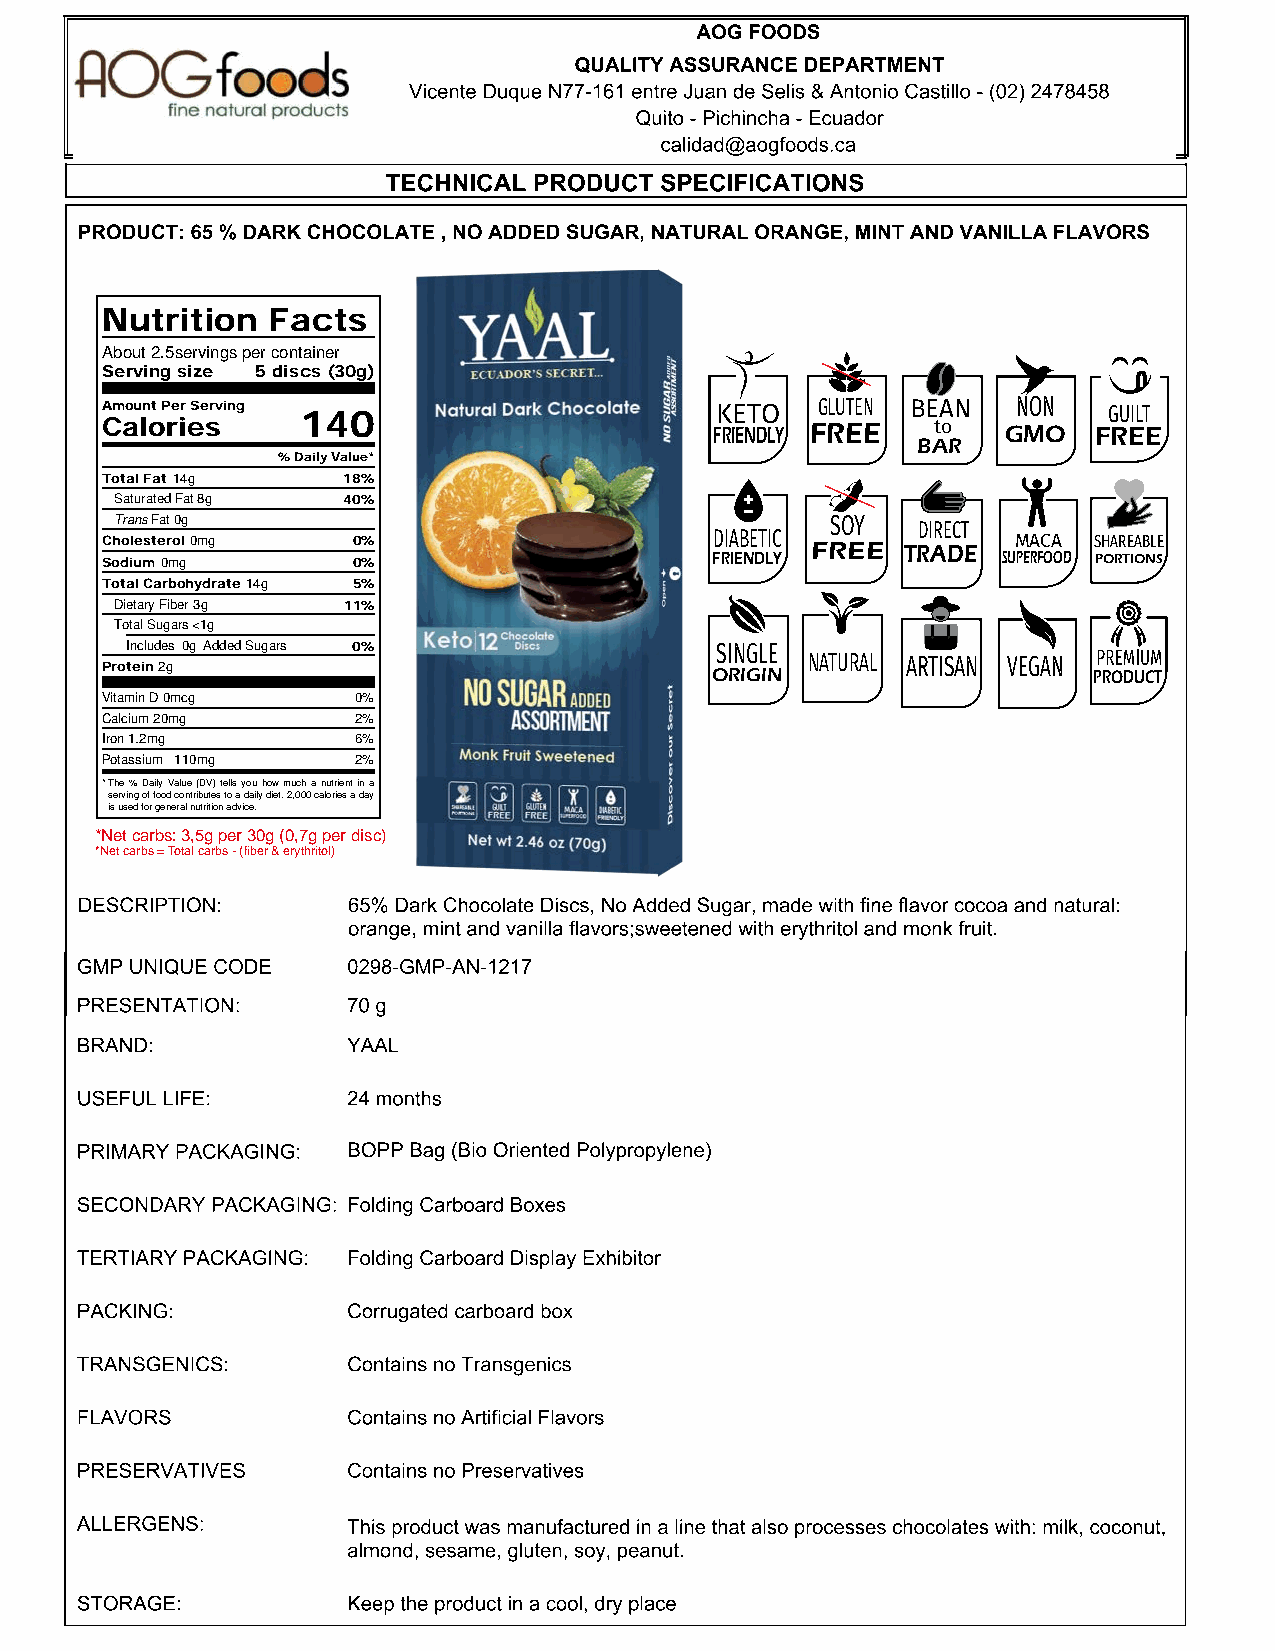
Nutrition  Facts
 About 2. 5servings per container
 Serving size 5 discs (30g)
 Amount Per Serving 140                  KETO   GLUTEN BEAN  NON   GUILT
 Calories                                FRIENDLY FREE  to   GMO  FREE
 BAR
 % Daily Value*
 Total Fat 14g   18%
 Saturated Fat 8g 40%
 Trans Fat 0g                                   SOY   DIRECT
 Cholesterol 0mg 0%                      DIABETIC FREE TRADE MACA SHAREABLE
 Sodium 0mg      0%                      FRIENDLY           SUPERFOOD PORTIONS
 Total Carbohydrate 14g 5%
 Dietary Fiber 3g 11%
 Total Sugars <1g
 Includes 0g Added Sugars 0%            SINGLE
 Protein 2g                              ORIGIN NATURAL ARTISAN VEGAN PRODUCT
 Vitamin D 0mcg   0%
 Calcium 20mg     2%
 Iron 1.2mg       6%
 Potassium 110mg  2%
 *The % Daily Value (DV) tells you how much a nutrient in a
 serving of food contributes to a daily diet. 2,000 calories a day
 is used for general nutrition advice.
 *Net carbs: 3,5g per 30g (0,7g per disc)
 *Net carbs = Total carbs - (fiber & erythritol)